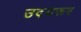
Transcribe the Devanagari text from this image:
उदयरूप